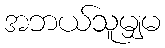
အဘယ်သူမျှမ